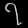
Digit: ၇